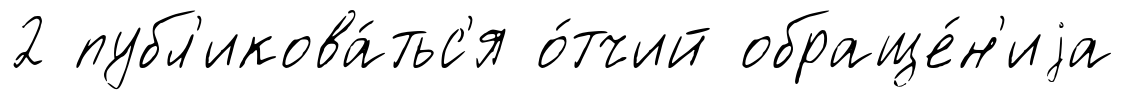
2 публ'икова́тьс'я о́тчий обраще́н'иjа